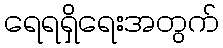
ရေရရှိရေးအတွက်